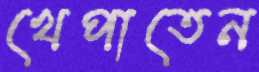
খেপাতেন